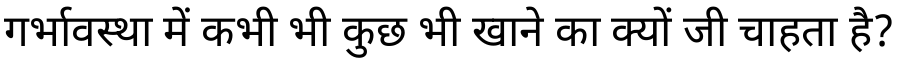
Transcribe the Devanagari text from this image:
गर्भावस्था में कभी भी कुछ भी खाने का क्यों जी चाहता है?